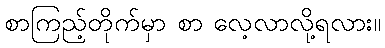
စာကြည့်တိုက်မှာ စာ လေ့လာလို့ရလား။